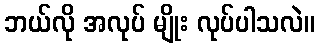
ဘယ်လို အလုပ် မျိုး လုပ်ပါသလဲ။